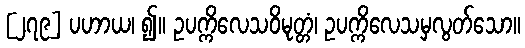
[၂၇၉] ပဟာယ၊ ၍။ ဥပက္ကိလေသဝိမုတ္တံ၊ ဥပက္ကိလေသမှလွတ်သော။